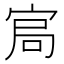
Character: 𡨅